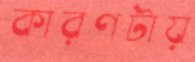
কারণটায়